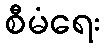
စီမံရေး